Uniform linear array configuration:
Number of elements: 32
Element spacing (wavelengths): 0.25
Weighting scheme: hamming
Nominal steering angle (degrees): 15
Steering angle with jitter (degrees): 13.29
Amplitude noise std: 0.05
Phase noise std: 0.05

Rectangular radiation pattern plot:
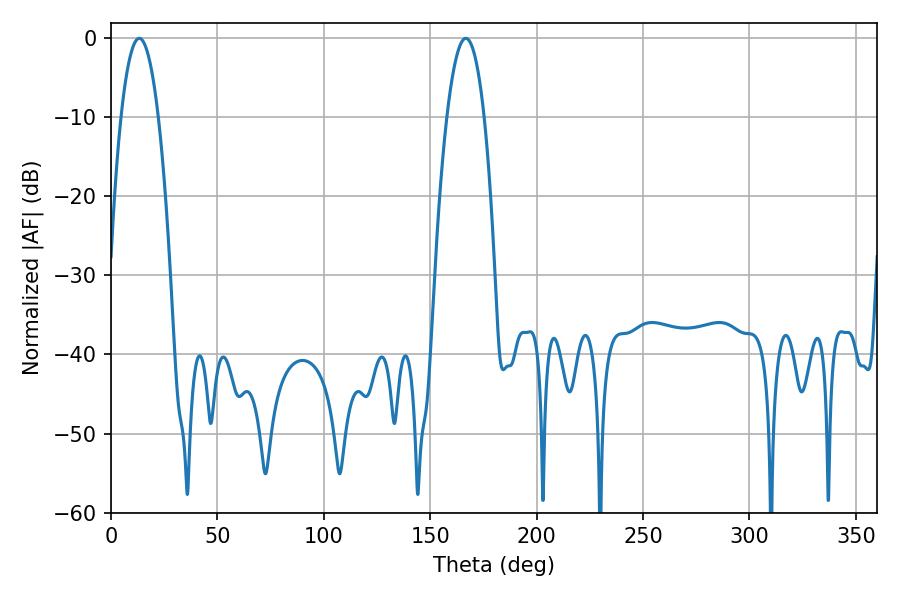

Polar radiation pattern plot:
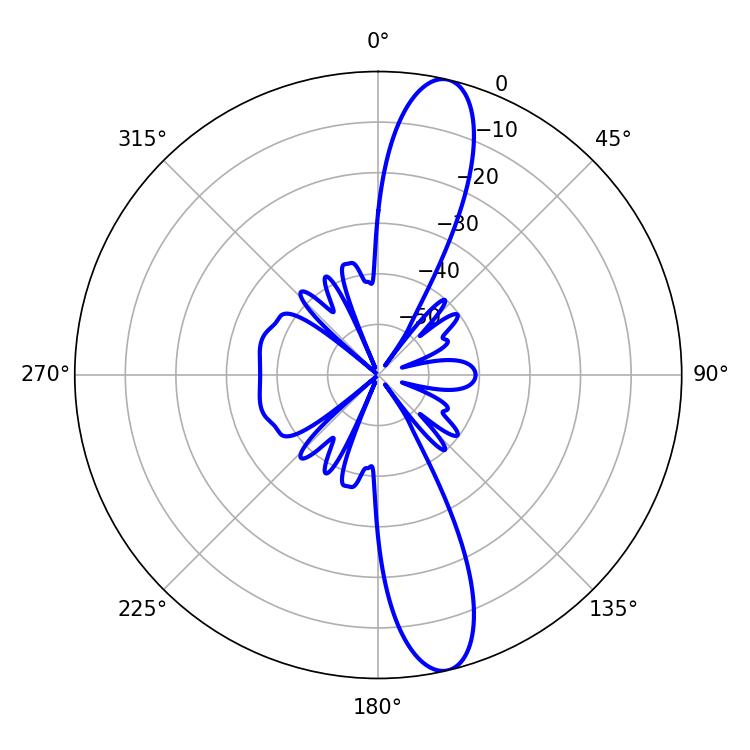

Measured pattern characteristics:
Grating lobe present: FALSE
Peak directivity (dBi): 13.799
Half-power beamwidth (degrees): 9.72
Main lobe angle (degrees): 13.32